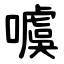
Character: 噳